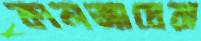
কালজাঘেরা